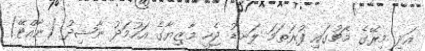
އަދި މިރޭގެ މެޗުގައި ފުރަތަމަ ލަނޑު ޖެހީ މާޒިޔާގެ އަހުމަދު ނާޝިދު (ނާއްޓޭ)